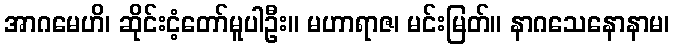
အာဂမေဟိ၊ ဆိုင်းငံ့တော်မူပါဦး။ မဟာရာဇ၊ မင်းမြတ်။ နာဂသေနောနာမ၊